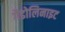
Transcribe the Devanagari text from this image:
गैडोलिनाइट